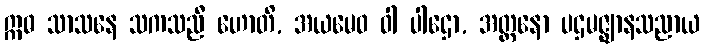
ဣဓ သာသနေ သကသညီ ဟောတိ, အယမေဝ ဝါ ပါဌော, အတ္တနော ပဌမဇ္ဈာနသညာယ